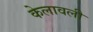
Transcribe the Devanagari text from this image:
केलावली